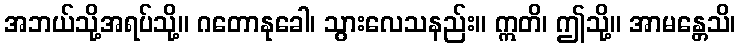
အဘယ်သို့အရပ်သို့။ ဂတောနုခေါ၊ သွားလေသနည်း။ ဣတိ၊ ဤသို့။ အာမန္တေသိ၊